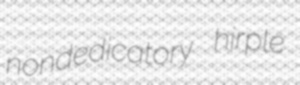
nondedicatory hirple